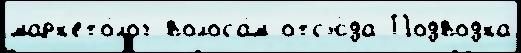
марк'ето́лог волоса́м отс'ю́да Подводка